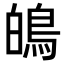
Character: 䳆